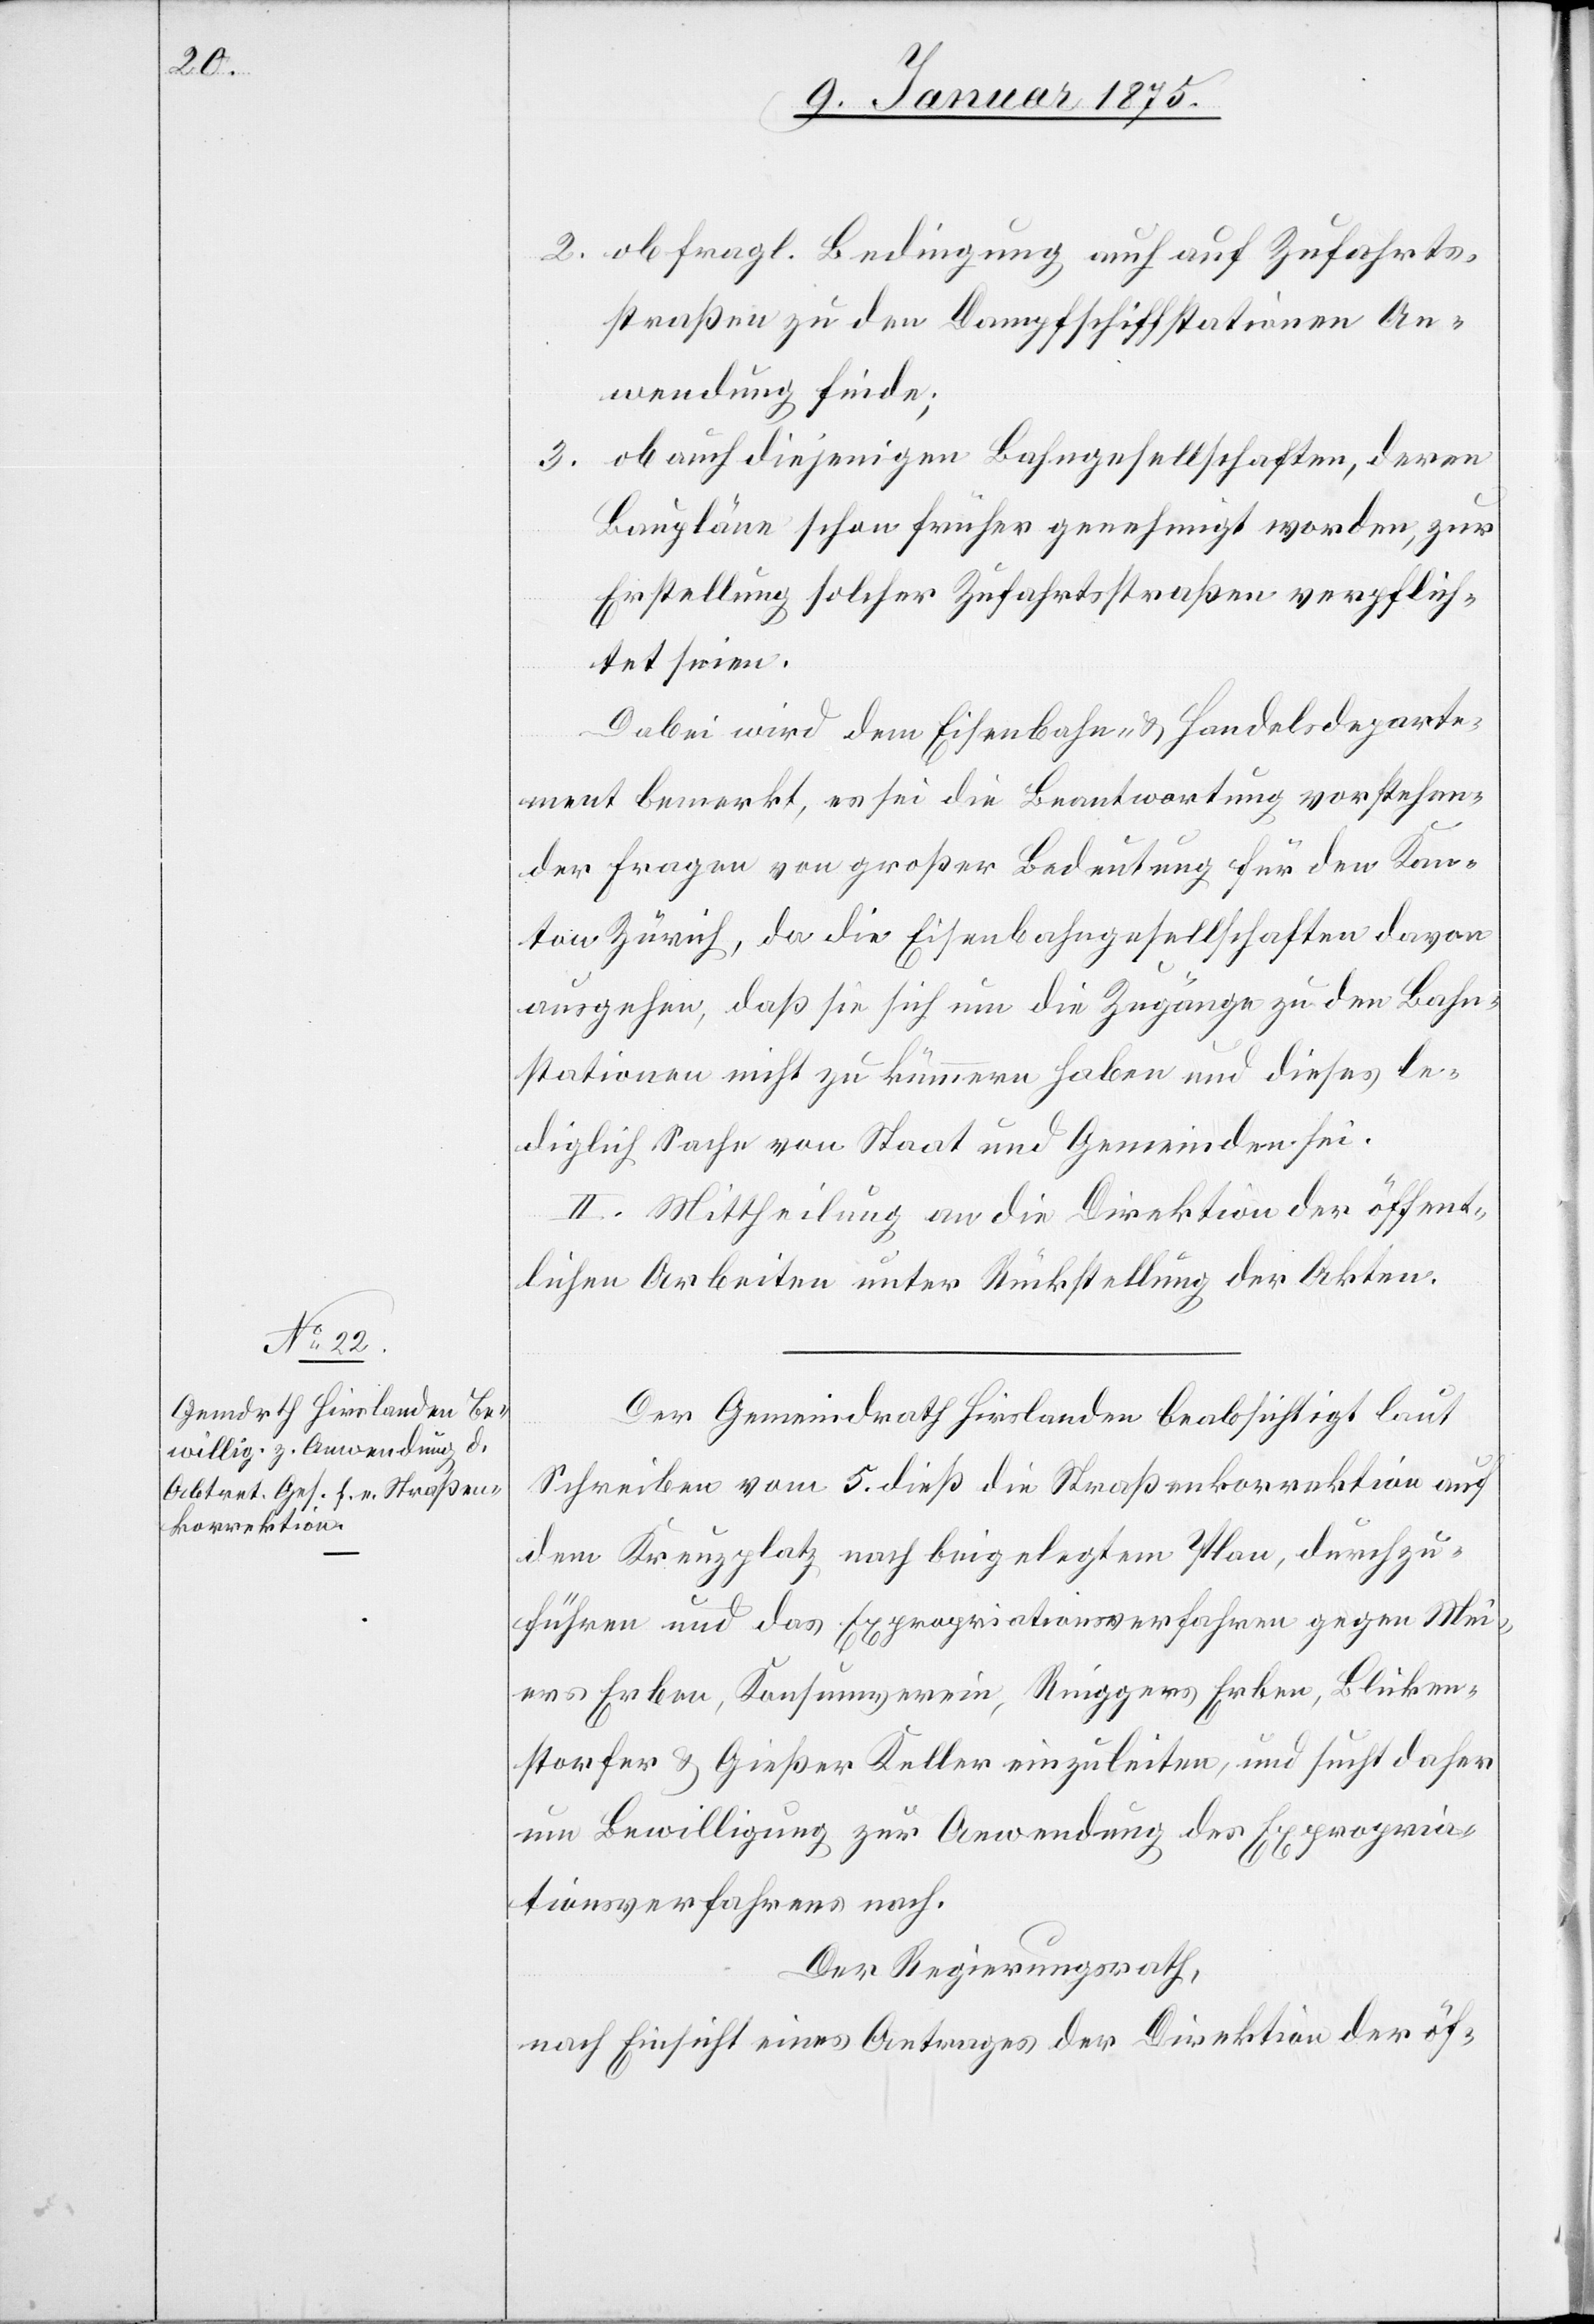
2. ob fragl. Bedingung auch auf Zufahrts¬
straßen zu den Dampfschiffstationen An¬
wendung finde;
3. ob auch diejenigen Bahngesellschaften, deren
Baupläne schon früher genehmigt worden, zur
Erstellung solcher Zufahrtsstraßen verpflich¬
tet seien.
Dabei wird dem Eisenbahn- & Handelsdeparte¬
ment bemerkt, es sei die Beantwortung vorstehen¬
der Fragen von großer Bedeutung für den Kan¬
ton Zürich, da die Eisenbahngesellschaften davon
ausgehen, daß sie sich um die Zugänge zu den Bahn¬
stationen nicht zu kümmern haben und dieses le¬
diglich Sache von Staat und Gemeinden sei.
II. Mittheilung an die Direktion der öffent¬
lichen Arbeiten unter Rückstellung der Akten.
Der Gemeindrath Hirslanden beabsichtigt laut
Schreiben vom 5. dieß die Straßenkorrektion auf
dem Kreuzplatz nach beigelegtem Plan, durchzu¬
führen und das Expropriationsverfahren gegen Mei¬
ers Erben, Konsumverein, Rüeggers Erben, Blicken¬
storfer & Gießer Keller einzuleiten, und sucht daher
um Bewilligung zur Anwendung des Expropria¬
tionsverfahrens nach.
Der Regierungsrath,
nach Einsicht eines Antrages der Direktion der öf-